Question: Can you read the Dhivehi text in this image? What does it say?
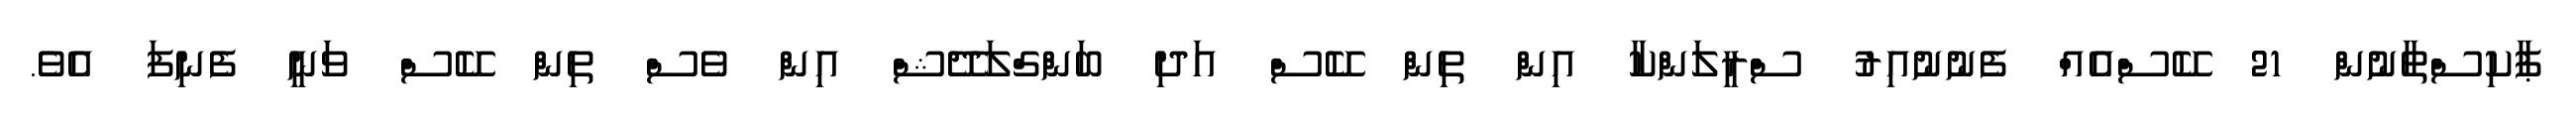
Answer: ޕާކިސްތާނުން 21 ކޭސްއެއް ފެނުނުއިރު ސްރީލަންކާ އިން ތިން ކޭސް އަދި ބަންގްލަދޭޝް އިން ވެސް ތިން ކޭސް ވަނީ ފެނިފަ އެވެ.